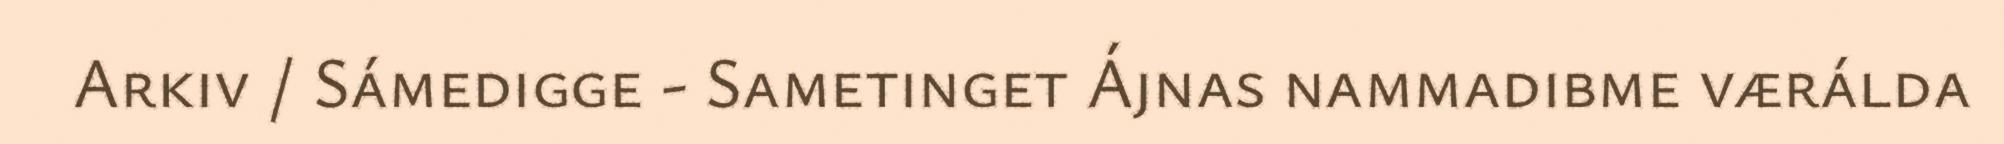
Arkiv / Sámedigge - Sametinget Ájnas nammadibme værálda